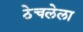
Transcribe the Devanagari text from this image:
ठेचलेला